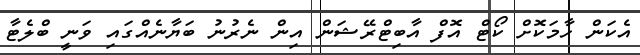
އެކަން ހާމަކޮށް ކޯޓް އޮފް އާބިޓްރޭޝަން އިން ނެރުނު ބަޔާނެއްގައި ވަނީ ބްލެޓާ